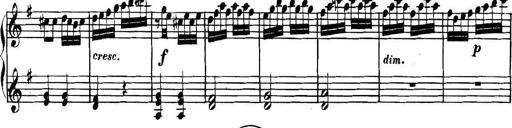
Title: Collected Piano Sonatas
Composer: Muzio Clementi